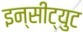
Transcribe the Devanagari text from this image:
इन्सीट्युट